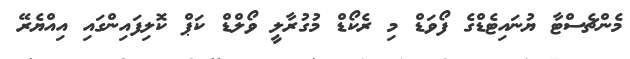
މެންޗެސްޓާ ޔުނައިޓެޑްގެ ފޯވަޑް މި ރެކޯޑް މުގުރާލީ ވޯލްޑް ކަޕް ކޮލިފައިންގައި އިއްޔެރޭ